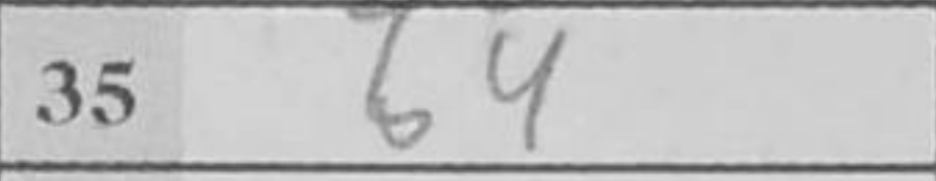
Transcription: b4